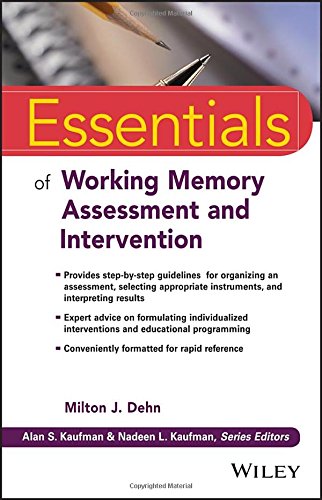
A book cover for Essentials of Working Memory Assessment and Intervention (Essentials of Psychological Assessment); Medical Books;